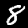
Digit: 8